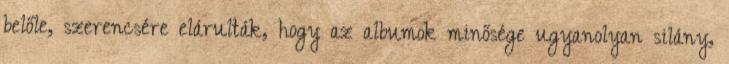
belőle, szerencsére elárulták, hogy az albumok minősége ugyanolyan silány,